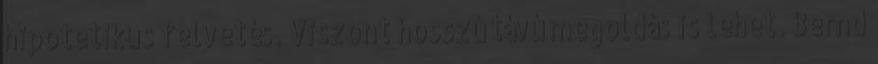
hipotetikus felvetés. Viszont hosszú távú megoldás is lehet. Bernd